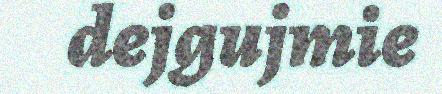
dejgujmie